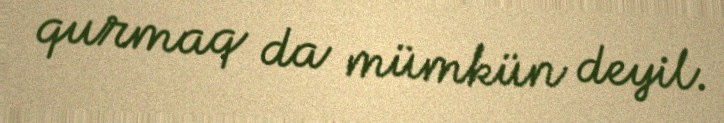
qurmaq da mümkün deyil.